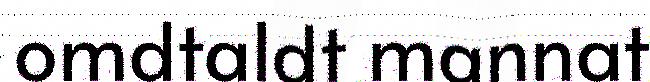
omdtaldt mannat